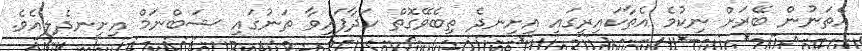
އެތަނުން ބޭރަށް ނިކުމެ އެތާކައިރީގައި އިށިނދެ ތިބެވޭގޮތް ހަދާފައިވާ ތަނުގައި ޝަބްނަމް އިށީނދެލިއެވެ.